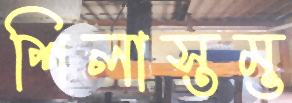
শিলাস্তম্ভ